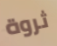
ثروة